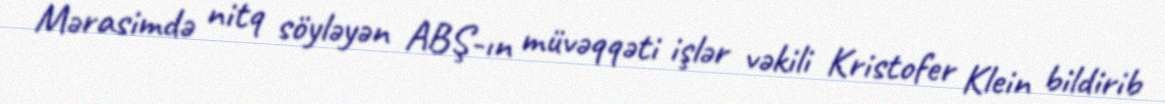
Mərasimdə nitq söyləyən ABŞ-ın müvəqqəti işlər vəkili Kristofer Klein bildirib